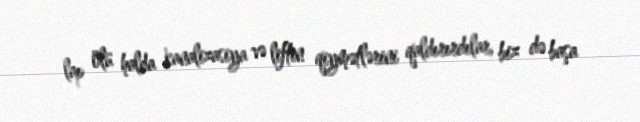
lap ölü halda kanalizasiya və liftin qiymətlərini qaldırırdılar, biz də başa